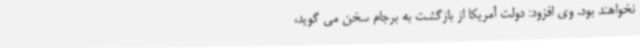
نخواهند بود. وی افزود: دولت آمریکا از بازگشت به برجام سخن می گوید،